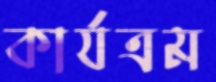
কার্যত্রম